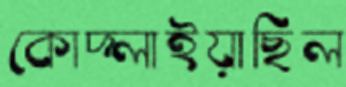
কোদ্‌লাইয়াছিল